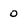
Character: 0